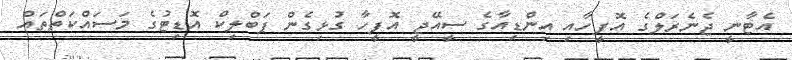
އެޓާނީ ޖެނެރަލްގެ އޮފީހާއި އިންޑިއާގެ ސީއޭޖީ އޮފީހާ ގުޅިގެން ޕަބްލިކް އޮޑިޓުގެ މަސައްކަތްތައް